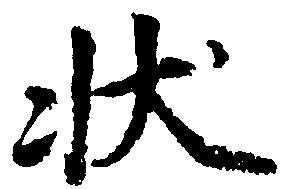
状